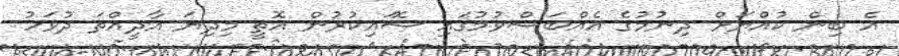
އެ ބިން ކުއްޔަށް ދިނުމުގެ އެއްބަސްވުމުގައި ސޮައިކުރުން އޮތީ މިދިޔަ އާދީއްތަ ދުވަހު